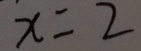
x = 2